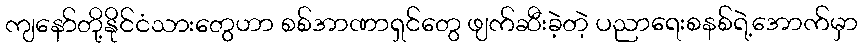
ကျနော်တို့နိုင်ငံသားတွေဟာ စစ်အာဏာရှင်တွေ ဖျက်ဆီးခဲ့တဲ့ ပညာရေးစနစ်ရဲ့အောက်မှာ